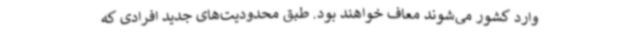
وارد کشور می‌شوند معاف خواهند بود. طبق محدودیت‌های جدید افرادی که